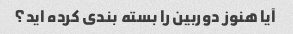
آیا هنوز دوربین را بسته بندی کرده اید؟